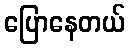
ပြောနေတယ်